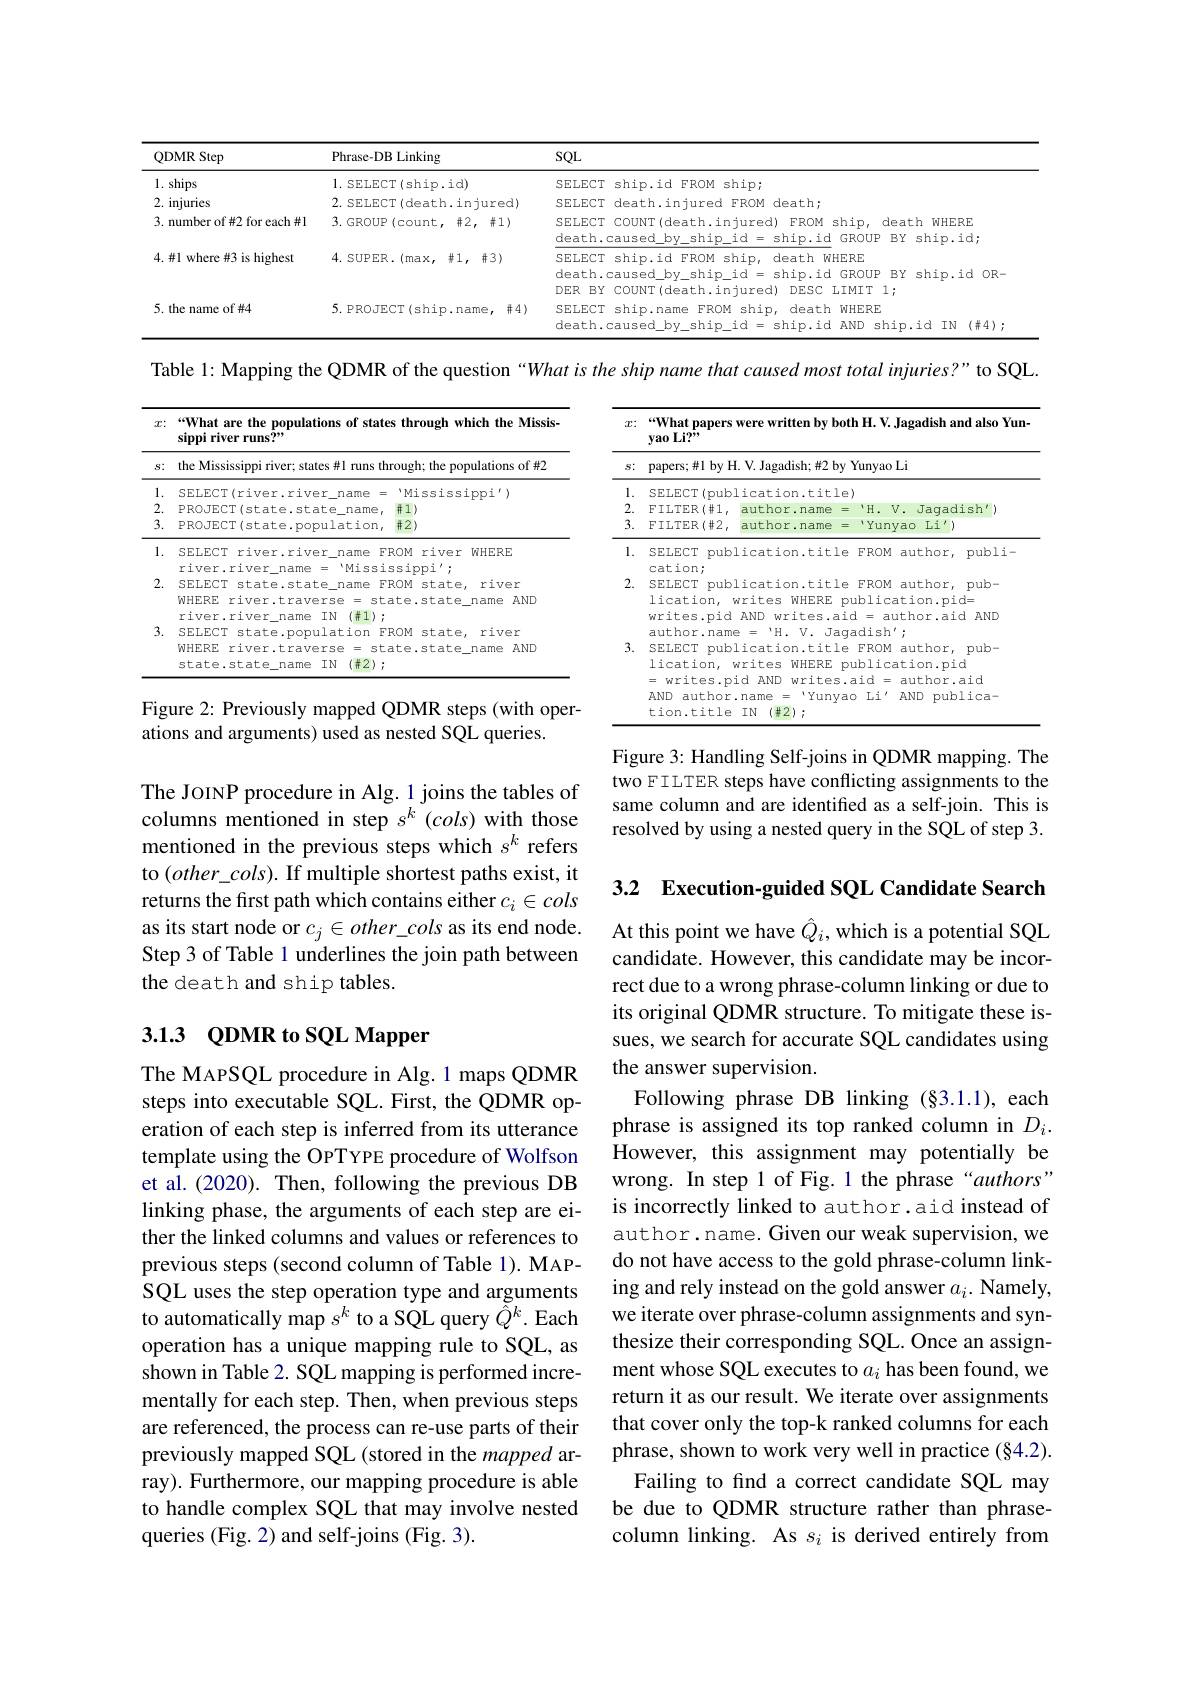
<table>
	<tbody>
		<tr>
			<th>QDMR Step</th>
			<th>Phrase-DB Linking</th>
			<th>SQL</th>
		</tr>
		<tr>
			<td>1. ships</td>
			<td>1. SELECT(ship.id)</td>
			<td>ship; SFT.FC FROM</td>
		</tr>
		<tr>
			<td>2. injuries</td>
			<td>2. SELECT(death.injured)</td>
			<td>SFT.FC death:</td>
		</tr>
		<tr>
			<td>3. number of #2 for each #1</td>
			<td>3. GROUP(count, #2, #1)</td>
			<td>SELECT COUNT(death.injured) FROM ship, death WHERE feath.c a115 I GROUP RY shin.id</td>
		</tr>
		<tr>
			<td>4. #1 where #3 is highest</td>
			<td>4. SUPER.(max, #1, #3)</td>
			<td>SELECT ship.id FROM ship, death WHERE death.caused_by_ship_id=ship.idGROUPBYship.id0R- DER BY COUNT(death.injured) DESC LIMIT 1;</td>
		</tr>
		<tr>
			<td>5. the name of #4</td>
			<td>5. PROJECT(ship.name, $\#4)$</td>
			<td>SELECT ship.name FROM ship, death WHERE death.caused 1 ANT shin id Y TM $(\#4)$</td>
		</tr>
	</tbody>
</table>

Table 1: Mapping the QDMR of the question “What is the ship name that caused most total injuries?" to SQL.

<table>
	<tbody>
		<tr>
			<th>$\mathcal{T}:$</th>
			<th>“What are the populations of star sippi river runs?"</th>
			<th>opulations of states through which the Missis</th>
		</tr>
		<tr>
			<td>$S:$</td>
			<td>the Mississippi river; states #1 runs t</td>
			<td>er; states #1 runs through; the populations of #2</td>
		</tr>
		<tr>
			<td>1 ·</td>
			<td>SELECT(river.river name</td>
			<td>.river\_name ' Mississippi')</td>
		</tr>
		<tr>
			<td>2</td>
			<td>PROJECT(state.state_name</td>
			<td>$\#1)$ Ame</td>
		</tr>
		<tr>
			<td>3</td>
			<td>PROJECT(state.population</td>
			<td>=.population, $\#2)$</td>
		</tr>
		<tr>
			<td>1</td>
			<td>SELECT river.river name $\cdot\dot{1}\cdot\dot{1}$ name 二 Miss</td>
			<td>iver name FROM river WHERE</td>
		</tr>
		<tr>
			<td>2.</td>
			<td>SELECT state.state_name WHERE c river.traverse = S1 Pitrar name $TN$ </td>
			<td>.state_name FROM state, river $=raverse$ 3 =state.state_name AND $TN$</td>
		</tr>
		<tr>
			<td>3 ·</td>
			<td>SELECT state.population</td>
			<td>population $FROM$ state river</td>
		</tr>
		<tr>
			<td> </td>
			<td>WHERE river.traverse $=st$ state.state name $IN$ $(\#2)$</td>
			<td>traverse $=state.state$ name $AND$ name IN $(\#2);$</td>
		</tr>
	</tbody>
</table>

<table>
	<tbody>
		<tr>
			<th>$\boldsymbol{T}:$</th>
			<th colspan="6">“What papers were written by both H. V. Jagadish and also Yun- $\textbf{yao Li? " }$ papers;#1 by H. V. Jagadish;#2 by Yunyao Li</th>
		</tr>
		<tr>
			<td>$S:$</td>
		</tr>
		<tr>
			<td>1 -</td>
			<td colspan="3">SELE :itle)</td>
		</tr>
		<tr>
			<td>2.</td>
			<td>$FILTER(\#1$,</td>
			<td>author.name</td>
			<td>H . Jaqadish'</td>
		</tr>
		<tr>
			<td>3. 1 1 1 -</td>
			<td>$\operatorname{FILTER}\left(\#2\right.$</td>
			<td>author.name</td>
			<td>Yunyao $Li^{\prime}$</td>
		</tr>
		<tr>
			<td>1. </td>
			<td>SELECT pub</td>
			<td>lication.titl</td>
			<td>FROM author, publi-</td>
		</tr>
		<tr>
			<td>2.</td>
			<td>SELECT pub lication, writes.pid</td>
			<td>lication.titl writes WHERE $AND$ writes.a 15 TT</td>
			<td>FROM author, pub- blication.pid= 二 author.aid AND</td>
		</tr>
		<tr>
			<td>3.</td>
			<td>- SELECT pub lication, writes.p = $AND$ author tion.title</td>
			<td>lication.titl writes WHERE id $AND$ writes . name Yuny 三 1 $(\#2):$ IN</td>
			<td>FROM author, pub- blication.pid id = author.aid $Li'$ $AND$ publica-</td>
		</tr>
	</tbody>
</table>

Figure 2: Previously mapped QDMR steps (with oper-
ations and arguments) used as nested SQL queries.

Figure 3: Handling Self-joins in QDMR mapping. The two FILTER steps have conflicting assignments to the same column and are identified as a self-join. This is resolved by using a nested query in the SQL of step 3.

The JOINP procedure in Alg. 1 joins the tables of columns mentioned in step $s^k(cols)$ with those mentioned in the previous steps which $s^k$ refers to $(other\_cols).$ If multiple shortest paths exist, it returns the first path which contains either $c_i\in cols$ as its start node or $c_j\in other\_cols$ as its end node. Step 3 of Table 1 underlines the join path between the death and ship tables.

3.2 Execution-guided SQL Candidate Search

## 3.1.3 QDMR to SQL Mapper

At this point we have $\hat{Q}_i$, which is a potential SQL candidate. However, this candidate may be incorrect due to a wrong phrase-column linking or due to its original QDMR structure. To mitigate these issues, we search for accurate SQL candidates using the answer supervision.
Following phrase DB linking (§3.1.1), each phrase is assigned its top ranked column in $D_i.$ However, this assignment may potentially be wrong. In step 1 of Fig. 1 the phrase“authors” is incorrectly linked to author.aid instead of author.name. Given our weak supervision, we do not have access to the gold phrase-column linking and rely instead on the gold answer $a_i.$ Namely, we iterate over phrase-column assignments and synthesize their corresponding SQL. Once an assignment whose SQL executes to $a_i$ has been found, we return it as our result. We iterate over assignments that cover only the top-k ranked columns for each phrase, shown to work very well in practice $(\S4.2).$ Failing to find a correct candidate SQL may
be due to QDMR structure rather than phrasecolumn linking. As $s_i$ is derived entirely from

The MAPSQL procedure in Alg.1 maps QDMR steps into executable SQL. First, the QDMR operation of each step is inferred from its utterance template using the OPTYPE procedure of Wolfson et al.(2020). Then, following the previous DB linking phase, the arguments of each step are either the linked columns and values or references to previous steps (second column of Table 1). MAPSQL uses the step operation type and arguments to automatically map $s^k$ to a SQL query $\tilde{\hat{Q}}^k.$ Each operation has a unique mapping rule to SQL, as shown in Table 2. SQL mapping is performed incrementally for each step. Then, when previous steps are referenced, the process can re-use parts of their previously mapped SQL (stored in the mapped array). Furthermore, our mapping procedure is able to handle complex SQL that may involve nested queries (Fig. 2) and self-joins (Fig. 3).